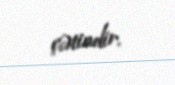
çətindir.